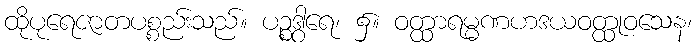
ထိုပုရေဇာတပစ္စည်းသည်။ ပဉ္စဒွါရေ၊ ၌။ ဝတ္ထာရမ္မဏဟဒယဝတ္ထုဝသေန၊